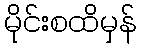
မိုင်းစထိမှန်